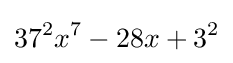
37^{2}x^{7}-28x+3^{2}